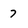
Character: 7